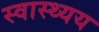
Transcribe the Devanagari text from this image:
स्वास्थ्यय